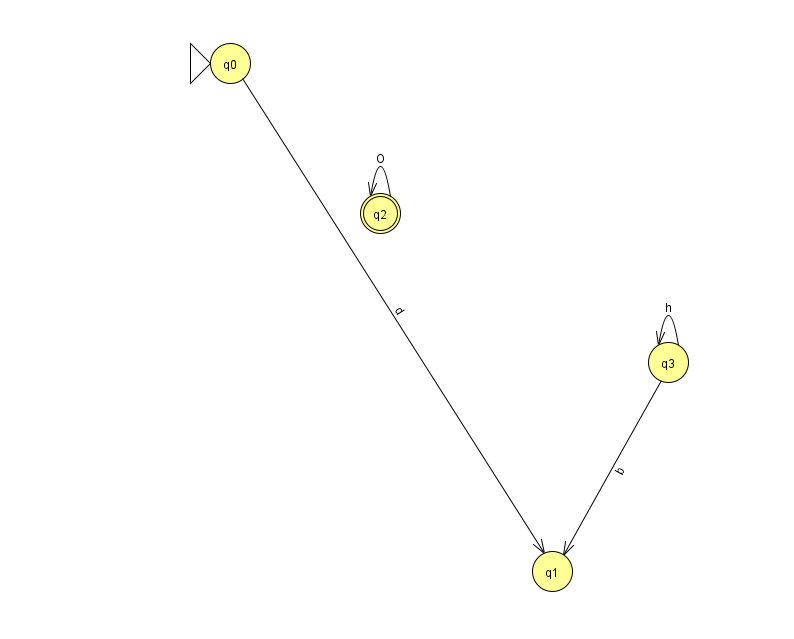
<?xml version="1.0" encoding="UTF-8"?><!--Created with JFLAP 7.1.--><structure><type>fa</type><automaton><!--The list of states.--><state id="0" name="q0"><x>230.0</x><y>50.0</y><initial/></state><state id="1" name="q1"><x>552.0</x><y>558.0</y></state><state id="2" name="q2"><x>380.0</x><y>200.0</y><final/></state><state id="3" name="q3"><x>668.0</x><y>349.0</y></state><!--The list of transitions.--><transition><from>3</from><to>3</to><read>h</read></transition><transition><from>0</from><to>1</to><read>d</read></transition><transition><from>3</from><to>1</to><read>b</read></transition><transition><from>2</from><to>2</to><read>O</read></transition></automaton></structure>